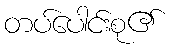
တပ်ပေါင်းစု၏